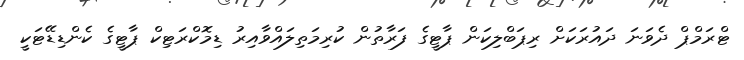
ޓްރަމްޕް ދެވަނަ ދައުރަކަށް ރިޕަބްލިކަން ޕާޓީގެ ފަރާތުން ކުރިމަތިލައްވާއިރު ޑިމޮކްރަޓިކް ޕާޓީގެ ކެންޑިޑޭޓަކީ